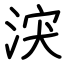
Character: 涋